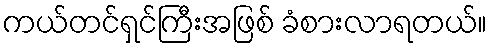
ကယ်တင်ရှင်ကြီးအဖြစ် ခံစားလာရတယ်။